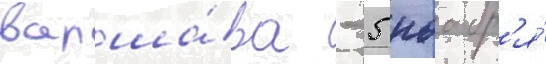
варша́ва - 5 ноабр'я́